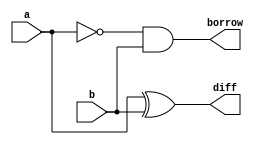
module half_subtractor (a, b, diff, borrow);
input a, b;
output diff, borrow;
wire temp;

not A1(temp, a);
xor A2(diff, a, b);
and A3(borrow, temp, b);

endmodule